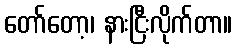
တော်တော့၊ နားငြီးလိုက်တာ။